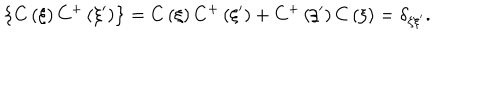
LaTeX: \left\{ C \left( \xi \right) C ^ { + } \left( \xi ^ { \prime } \right) \right\} = C \left( \xi \right) C ^ { + } \left( \xi ^ { \prime } \right) + C ^ { + } \left( \xi ^ { \prime } \right) C \left( \xi \right) = \delta _ { \xi \xi ^ { \prime } } .